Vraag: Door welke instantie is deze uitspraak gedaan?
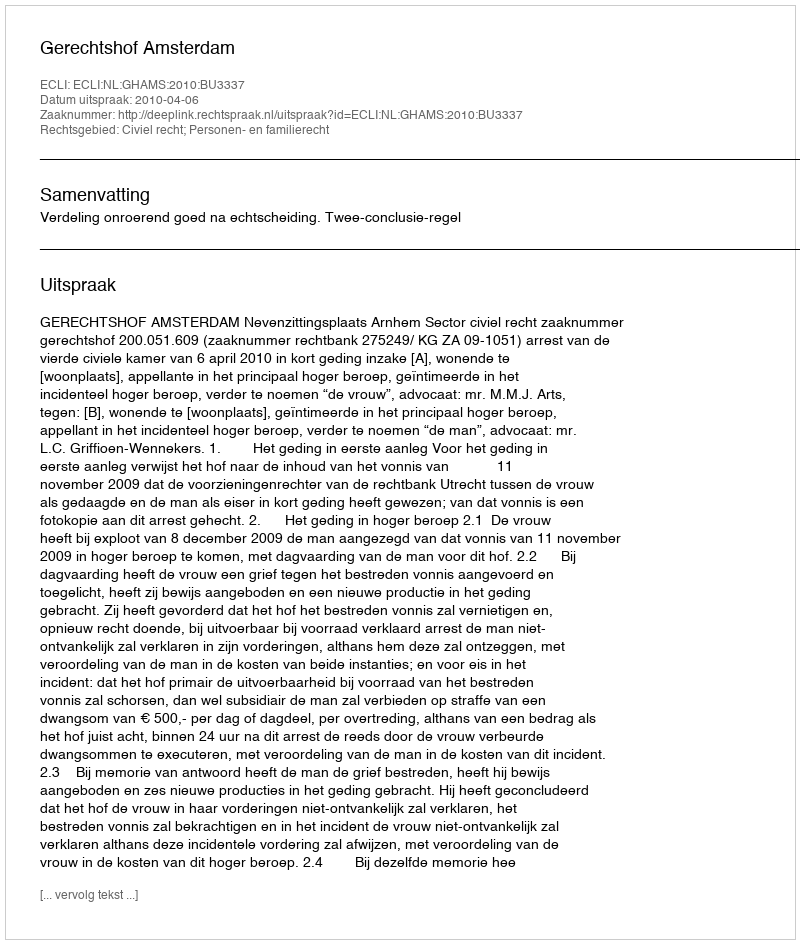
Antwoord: Gerechtshof Amsterdam